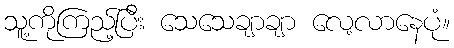
သူ့ကိုကြည့်ပြီး သေသေချာချာ လေ့လာနေပုံ။